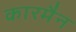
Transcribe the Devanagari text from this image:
कारमैन